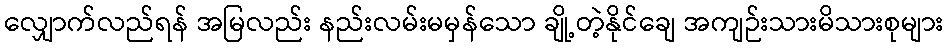
လျှောက်လည်ရန် အမြလည်း နည်းလမ်းမမှန်သော ချို့တဲ့နိုင်ချေ အကျဉ်းသားမိသားစုများ